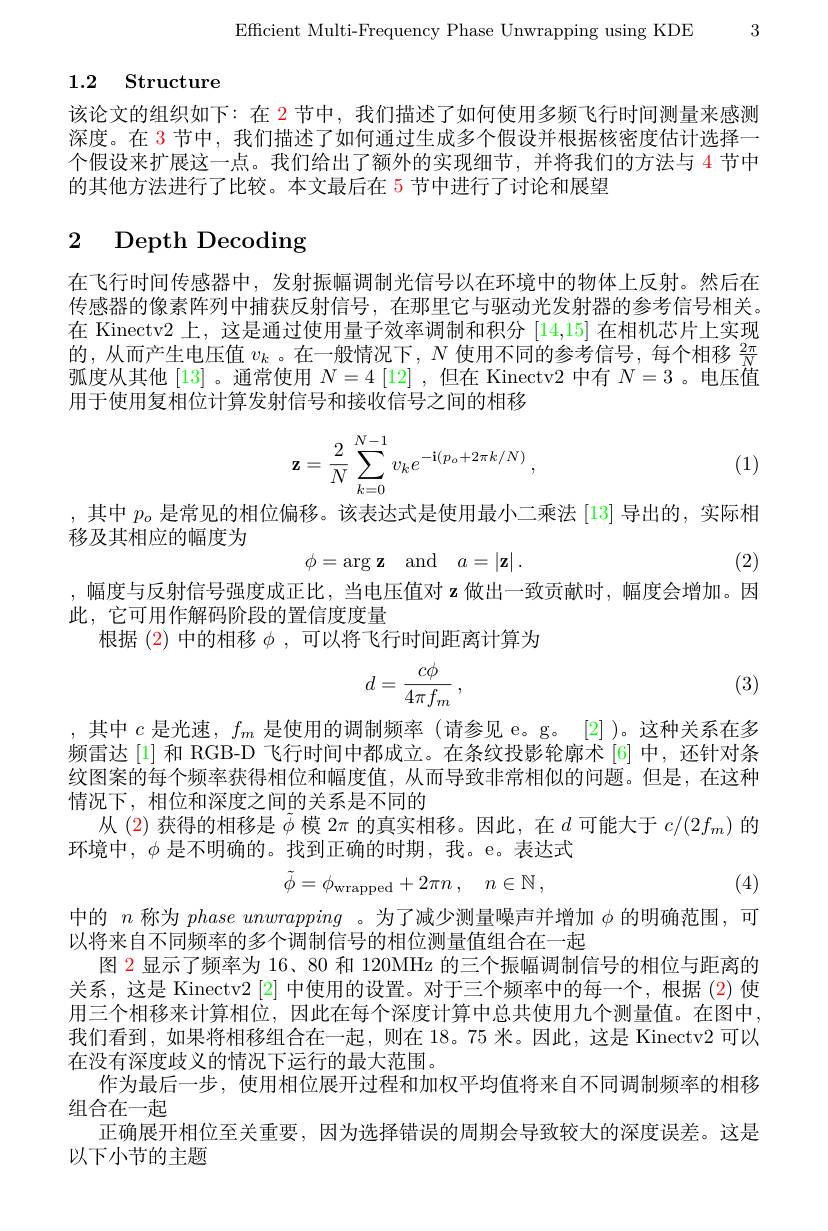
Efficient Multi-Frequency Phase Unwrapping using KDE 3

# 1.2 Structure

该论文的组织如下：在 2节中，我们描述了如何使用多频飞行时间测量来感测深度。在 3 节中，我们描述了如何通过生成多个假设并根据核密度估计选择一个假设来扩展这一点。我们给出了额外的实现细节，并将我们的方法与$\color{red}{4}$节中的其他方法进行了比较。本文最后在 5 节中进行了讨论和展望

# 2 Depth Decoding

在飞行时间传感器中，发射振幅调制光信号以在环境中的物体上反射。然后在传感器的像素阵列中捕获反射信号，在那里它与驱动光发射器的参考信号相关。在 Kinectv2 上，这是通过使用量子效率调制和积分[14,15]在相机芯片上实现的，从而产生电压值$v_k$ 。在一般情况下，$N$使用不同的参考信号，每个相移$\frac{2\pi}N$ 弧度从其他[13] 。通常使用$N=4\left[12\right]$,但在 Kinectv2 中有$N=3$ 。电压值用于使用复相位计算发射信号和接收信号之间的相移
$$\mathbf{z}=\dfrac{2}{N}\sum\limits_{k=0}^{N-1}v_ke^{-\mathbf{i}(p_o+2\pi k/N)}\:,$$
(1)

,其中$p_o$是常见的相位偏移。该表达式是使用最小二乘法[13]导出的，实际相
移及其相应的幅度为
$$\phi=\arg\mathbf{z}\quad\mathrm{and}\quad a=\left|\mathbf{z}\right|.$$
(2)

,幅度与反射信号强度成正比，当电压值对 z 做出一致贡献时，幅度会增加。因
此，它可用作解码阶段的置信度度量
根据 (2) 中的相移$\phi$,可以将飞行时间距离计算为
$$d=\frac{c\phi}{4\pi f_m}\:,$$
(3)

,其中$c$是光速$,f_m$是使用的调制频率 (请参见 e。g。[2] )。这种关系在多频雷达[1] 和 RGB-D 飞行时间中都成立。在条纹投影轮廓术[6] 中，还针对条纹图案的每个频率获得相位和幅度值，从而导致非常相似的问题。但是，在这种情况下，相位和深度之间的关系是不同的
从(2)获得的相移是$\tilde{\phi}$模$2\pi$的真实相移。因此，在$d$可能大于$c/(2f_m)$的
环境中，$\phi$是不明确的。找到正确的时期，我。e。表达式
$$\tilde{\phi}=\phi_{\mathrm{wrapped}}+2\pi n\:,\quad n\in\mathbb{N}\:,$$
(4)

中的$n$称为phase unwrapping 。为了减少测量噪声并增加$\phi$的明确范围，可
以将来自不同频率的多个调制信号的相位测量值组合在一起
图 2 显示了频率为 16、80 和 120MHz 的三个振幅调制信号的相位与距离的关系，这是 Kinectv2 [2] 中使用的设置。对于三个频率中的每一个，根据 (2)使用三个相移来计算相位，因此在每个深度计算中总共使用九个测量值。在图中我们看到，如果将相移组合在一起，则在18。75 米。因此，这是 Kinectv2 可以在没有深度歧义的情况下运行的最大范围。
作为最后一步，使用相位展开过程和加权平均值将来自不同调制频率的相移
组合在一起
正确展开相位至关重要，因为选择错误的周期会导致较大的深度误差。这是
以下小节的主题